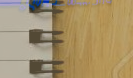
محل بيع الأجهزة الإلكترون